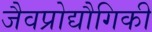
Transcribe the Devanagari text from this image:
जैवप्रोद्यौगिकी